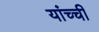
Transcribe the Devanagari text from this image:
यांच्ची